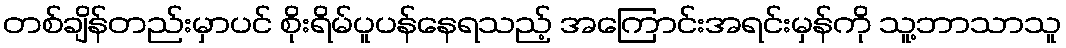
တစ်ချိန်တည်းမှာပင် စိုးရိမ်ပူပန်နေရသည့် အကြောင်းအရင်းမှန်ကို သူ့ဘာသာသူ